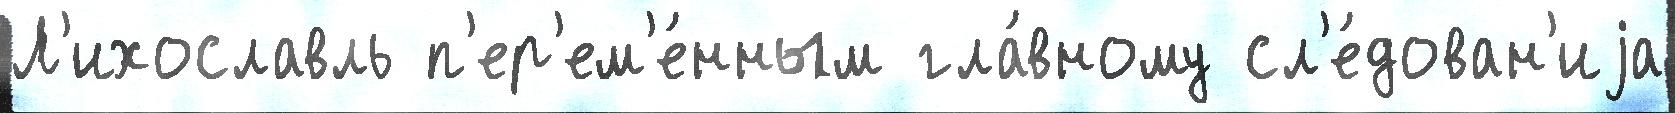
Л'ихославль п'ер'ем'е́нным гла́вному сл'е́дован'иjа